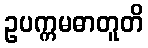
ဥပက္ကမဓာတူတိ